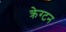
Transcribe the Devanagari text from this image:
क्रेग्टन